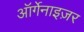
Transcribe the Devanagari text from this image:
ऑर्गेनाइज़र